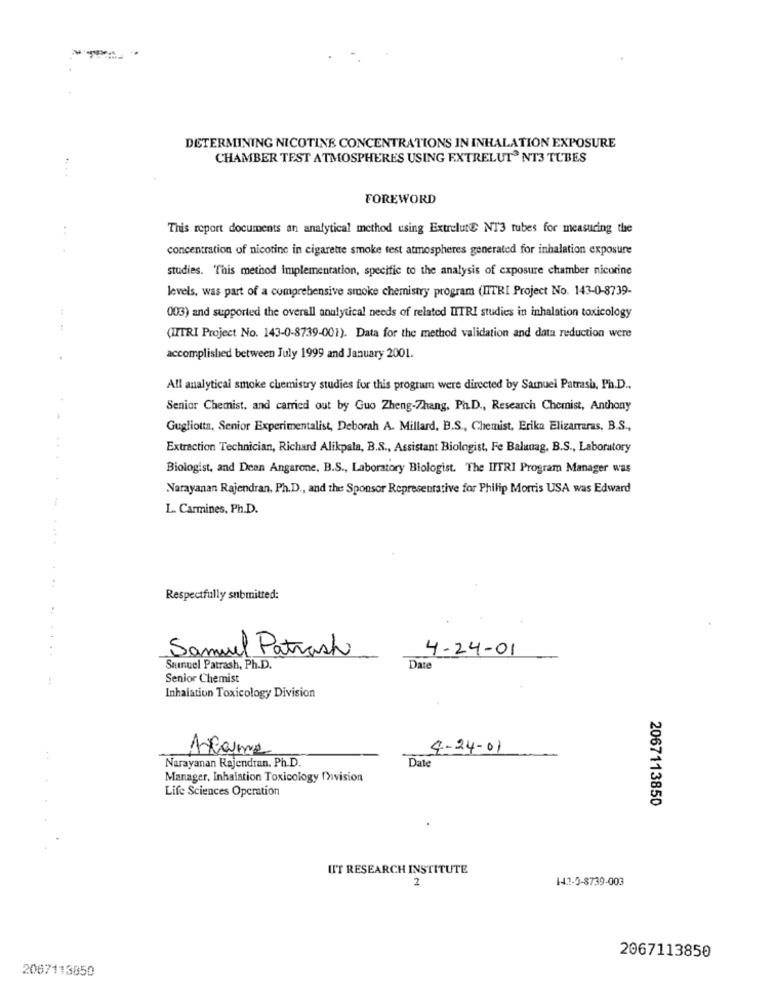
DETERMINING NICOTINE CONCENTRATIONS IN INHALATION EXPOSURE
CHAMBER TEST ATMOSPHERES USING EXTRELUT® NT3 TUBES
.. ..
FOREWORD
This report documents an analytical method using Extrelute NT3 tubes for measuring the
concentration of nicotine in cigarette smoke test atmospheres generated for inhalation exposure
studies. "This method implementation, specific to the analysis of exposure chamber nicotine
levels, was part of a comprehensive smoke chemistry program (IITRI Project No. 143-0-8739-
003) and supported the overall analytical needs of related LITRI studies in inhalation toxicology
(IITRI Project No. 143-0-8739-001). Data for the method validation and data reduction were
accomplished between July 1999 and January 2001.
All analytical smoke chemistry studies for this program were directed by Samuel Patrash, Ph.D .,
Senior Chemist, and carried out by Guo Zheng-Zhang, Ph.D ., Research Chemist, Anthony
.
Gugliotta, Senior Experimentalist, Deborah A. Millard, B.S ., Chemist, Erika Elizarraras, B.S .,
Extraction Technician, Richard Alikpala, B.S ., Assistant Biologist, Fe Baluuag, B.S ., Laboratory
Biologist, and Dean Angarone, B.S ., Laboratory Biologist. The IITRI Program Manager was
-
Narayanan Rajendran, Ph.D ., and the Sponsor Representative for Philip Morris USA was Edward
L. Carmines, Ph.D.
Respectfully submitted:
..
..
Samuel Patrash
4-24-01
Surnuel Patrash, Ph.D.
Date
Senior Chemist
Inhalation Toxicology Division
Arama
4-24-01
Narayanan Rajendran. Ph.D.
Date
Manager, Inhalation Toxicology Mwvision
Life Sciences Operation
2067113850
UIT RESEARCH INSTITUTE
143-3-8739-003
2067113850
2067113850